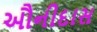
ઔનીદાસ